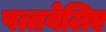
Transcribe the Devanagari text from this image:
पत्तबेलिए